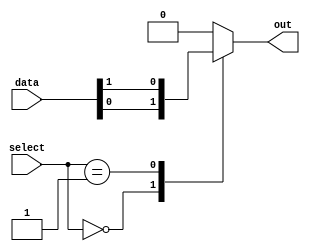
module multiplexer_512_to_1 (
    input [511:0] data,
    input [8:0] select,
    output reg out
);

reg [511:0] temp_data;

always @(*)
begin
    case(select)
        9'd0: out = data[0];
        9'd1: out = data[1];
        // Repeat until 512
        // Add cases for remaining inputs as needed
        default: out = 1'b0; // default case
    endcase
end

endmodule